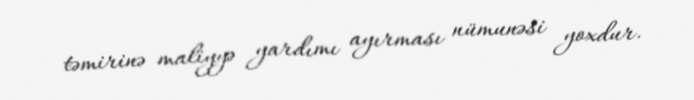
təmirinə maliyyə yardımı ayırması nümunəsi yoxdur.